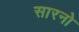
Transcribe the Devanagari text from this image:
सारनो